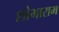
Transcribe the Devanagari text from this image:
शोभाराम